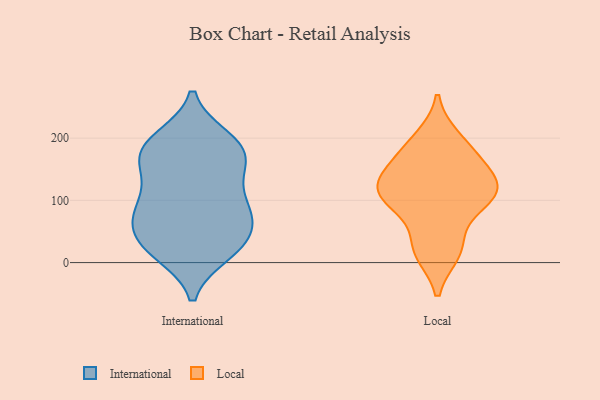
{"axis": {"x": "Operating Costs (USD K)", "y": "Value"}, "legend": ["International", "Local"], "data": [{"x": "", "y": 189, "type": "International"}, {"x": "", "y": 165, "type": "International"}, {"x": "", "y": 84, "type": "International"}, {"x": "", "y": 99, "type": "International"}, {"x": "", "y": 154, "type": "International"}, {"x": "", "y": 31, "type": "International"}, {"x": "", "y": 199, "type": "International"}, {"x": "", "y": 85, "type": "International"}, {"x": "", "y": 18, "type": "International"}, {"x": "", "y": 149, "type": "International"}, {"x": "", "y": 43, "type": "International"}, {"x": "", "y": 195, "type": "International"}, {"x": "", "y": 15, "type": "International"}, {"x": "", "y": 188, "type": "International"}, {"x": "", "y": 20, "type": "International"}, {"x": "", "y": 113, "type": "International"}, {"x": "", "y": 53, "type": "International"}, {"x": "", "y": 79, "type": "International"}, {"x": "", "y": 167, "type": "International"}, {"x": "", "y": 67, "type": "International"}, {"x": "", "y": 118, "type": "Local"}, {"x": "", "y": 16, "type": "Local"}, {"x": "", "y": 26, "type": "Local"}, {"x": "", "y": 88, "type": "Local"}, {"x": "", "y": 200, "type": "Local"}, {"x": "", "y": 172, "type": "Local"}, {"x": "", "y": 122, "type": "Local"}, {"x": "", "y": 104, "type": "Local"}, {"x": "", "y": 121, "type": "Local"}, {"x": "", "y": 158, "type": "Local"}]}